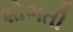
શોભતી